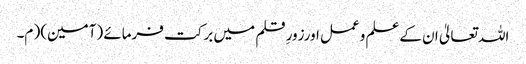
اللہ تعالیٰ ان کےعلم وعمل اورزورِ قلم میں برکت فرمائے (آمین)( م۔